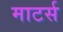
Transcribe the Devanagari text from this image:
माटर्स